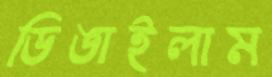
ডিঙাইলাম